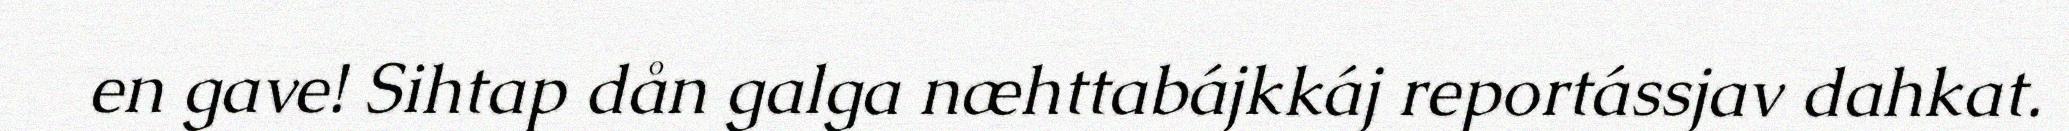
en gave! Sihtap dån galga næhttabájkkáj reportássjav dahkat.